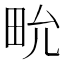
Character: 㽙